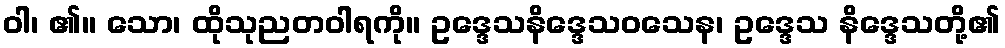
ဝါ၊ ၏။ သော၊ ထိုသုညတဝါရကို။ ဥဒ္ဒေသနိဒ္ဒေသဝသေန၊ ဥဒ္ဒေသ နိဒ္ဒေသတို့၏